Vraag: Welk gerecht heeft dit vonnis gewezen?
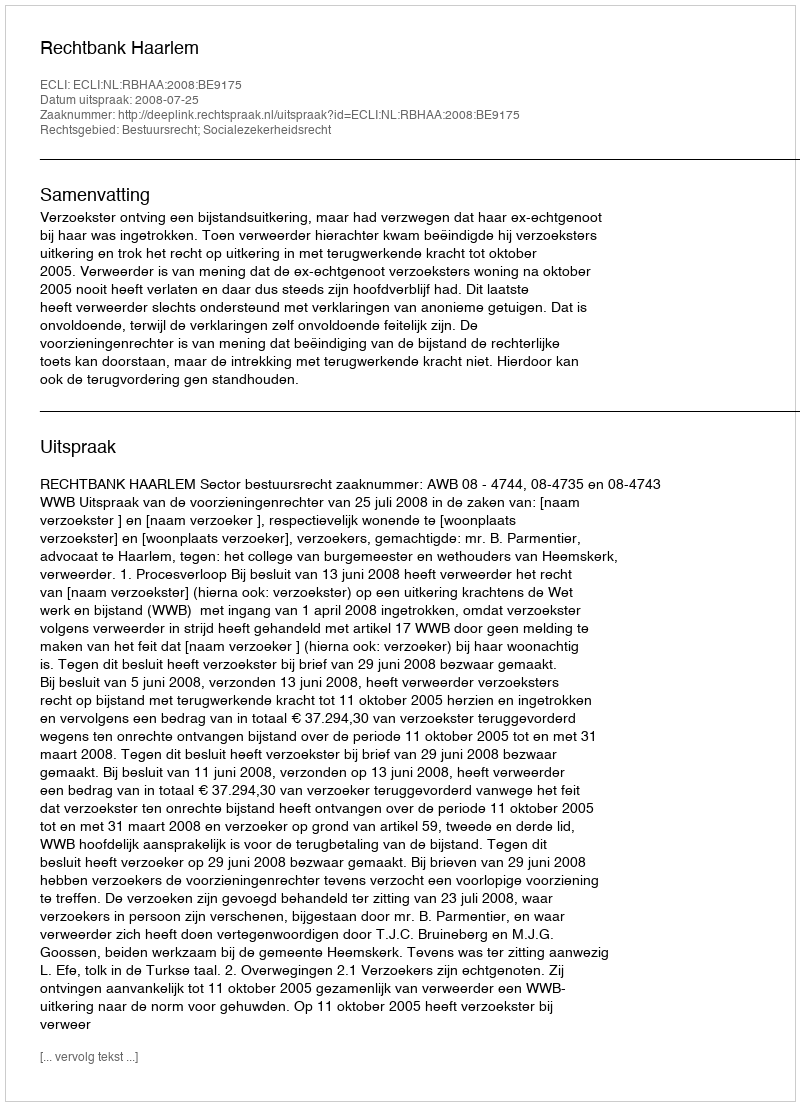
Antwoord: Rechtbank Haarlem